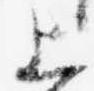
上